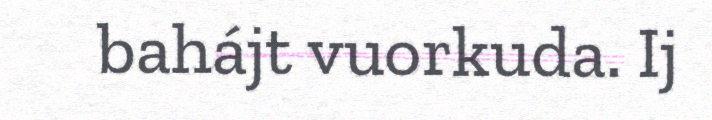
bahájt vuorkuda. Ij